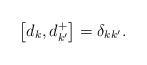
\begin{align*}\left[ d_{k},d_{k^{\prime }}^{+}\right] =\delta _{kk^{\prime }}.\end{align*}